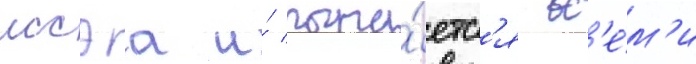
иссэа и́ пыта́етс'я вс'е́м'и